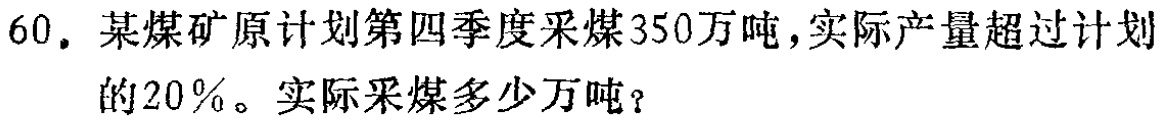
60. 某煤矿原计划第四季度采煤350万吨，实际产量超过计划的20%。实际采煤多少万吨？